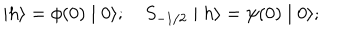
\mid h \rangle = \phi ( 0 ) \mid 0 \rangle ; \quad S _ { - 1 / 2 } \mid h \rangle = \psi ( 0 ) \mid 0 \rangle ;